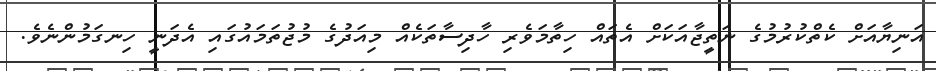
އަނިޔާއަށް ކެތްކުރުމުގެ ނަތީޖާއަކަށް އެތައް ހިތާމަވެރި ހާދިސާތަކެއް މިއަދުގެ މުޖުތަމައުގައި އެދަނީ ހިނގަމުންނެވެ.